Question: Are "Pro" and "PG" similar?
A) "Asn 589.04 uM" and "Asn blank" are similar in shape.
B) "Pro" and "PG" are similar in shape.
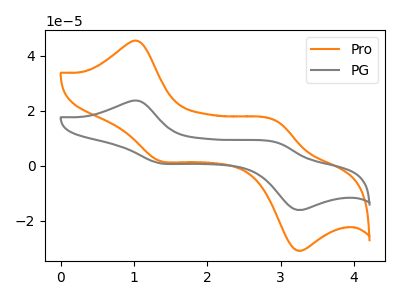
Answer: <think>The orange curve "Pro" has anodic peaks at (1.05V, 45.35uA) (2.95V, 16.10uA) and cathodic peaks at (1.35V, 1.80uA) (3.20V, -30.65uA). The gray curve "PG" has anodic peaks at (1.05V, 23.65uA) (2.95V, 8.40uA) and cathodic peaks at (1.35V, 0.95uA) (3.20V, -16.00uA).
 All the peaks in "Pro" have a peak in "PG" at the same potential.</think>
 <answer>B) "Pro" and "PG" are similar in shape.</answer>
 <eval>B</eval>